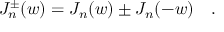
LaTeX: J _ { n } ^ { \pm } ( w ) = J _ { n } ( w ) \pm J _ { n } ( - w ) \quad .